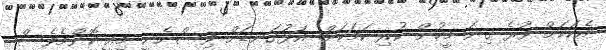
އެކަކަށް ވުރެ ގިނަ މީހުން ކުރި ކަމަކަށް. އަޅުގަނޑަށް ވިސްނެނީ މިއީ ކޮންމެވެސް